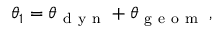
\theta _ { 1 } = \theta _ { \mathrm { ~ d ~ y ~ n ~ } } + \theta _ { \mathrm { ~ g ~ e ~ o ~ m ~ } } \, ,